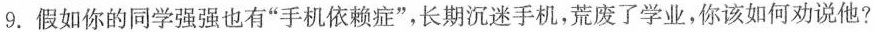
9.假如你的同学强强也有”手机依赖症”，长期沉迷手机，荒废了学业，你该如何劝说他?